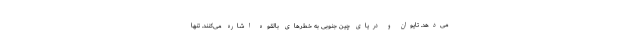
می‌دهد. تایوان و دریای چین جنوبی به خطرهای بالقوه اشاره می‌کنند. تنها